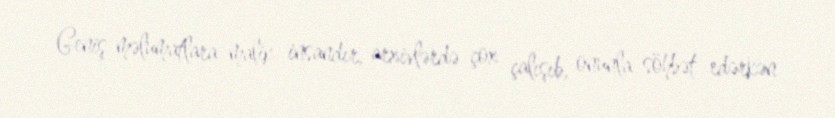
Geniş məlumatlara malik insandır, arxivlərdə çox çalışıb, onunla söhbət edərkən